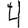
Digit: 4